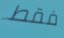
فقط